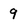
Character: 9